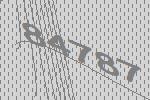
84787